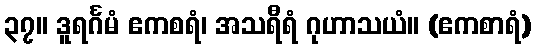
၃၇။ ဒူရင်္ဂမံ ဧကစရံ၊ အသရီရံ ဂုဟာသယံ။ (ဧကစာရံ)